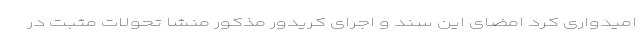
امیدواری کرد امضای این سند و اجرای کریدور مذکور منشا تحولات مثبت در